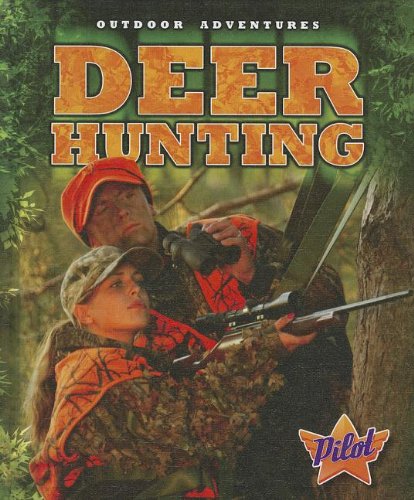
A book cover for Deer Hunting (Outdoor Adventures); Blake Pound; Children's Books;